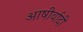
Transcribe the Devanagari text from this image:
आषीर्वादी